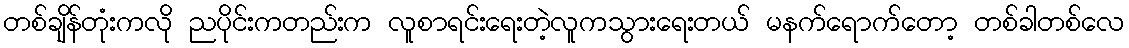
တစ်ချိန်တုံးကလို ညပိုင်းကတည်းက လူစာရင်းရေးတဲ့လူကသွားရေးတယ် မနက်ရောက်တော့ တစ်ခါတစ်လေ